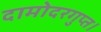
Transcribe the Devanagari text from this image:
दामोदरगुप्त।